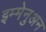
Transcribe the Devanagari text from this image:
इम्मेनुअन